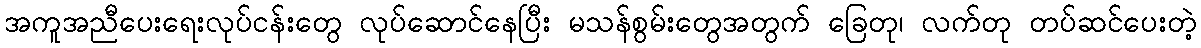
အကူအညီပေးရေးလုပ်ငန်းတွေ လုပ်ဆောင်နေပြီး မသန်စွမ်းတွေအတွက် ခြေတု၊ လက်တု တပ်ဆင်ပေးတဲ့